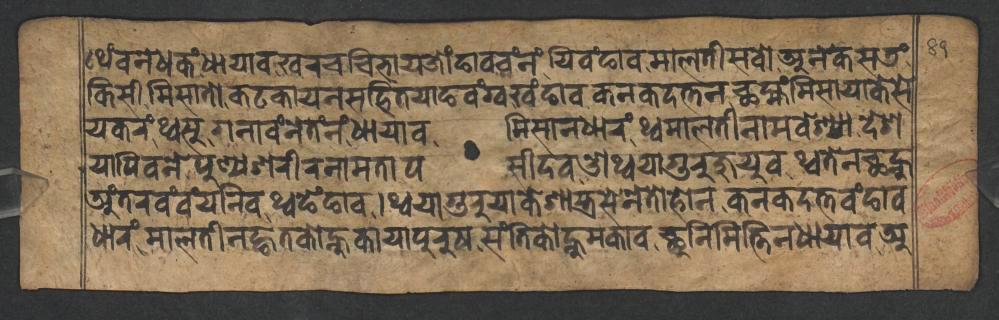
𑐠𑐾𑑄𑐰𑐣𑐾𑐢𑐎𑑄𑐢𑐵𑐫𑐵𑐰𑐏𑐬𑐔𑐔𑐶𑐨𑐵𑐫𑐖𑑀𑑄𑐒𑐵𑐰𑐰𑑄𑐣𑑄𑐫𑐶𑐰𑑄𑐒𑐵𑐰𑐩𑐵𑐮𑐟𑐷𑐳𑐰𑑀𑐀𑐣𑐾𑐎𑐳𑐜𑑄 𑐎𑐶𑐳𑐷𑐩𑐶𑐳𑐵𑐟𑑀𑐎𑐚𑐎𑐵𑐫𑐣𑐳𑐴𑐶𑐟𑐫𑐵𑐒𑐰𑑄𑐐𑑂𑐰𑐏𑑄𑐒𑐵𑐰𑐎𑐣𑐎𑐡𑐟𑑂𑐟𑐣𑐕𑐩𑑂𑐴𑑄𑐩𑐶𑐳𑐵𑐫𑐵𑐎𑐾𑐳𑐾 𑐫𑐎𑐬𑑄𑐠𑑂𑐰𑐳𑐸𑐐𑐣𑐵𑐰𑑄𑐣𑐾𑐟𑑄𑐣𑑄𑐢𑐵𑐫𑐵𑐰𑐩𑐶𑐳𑐵𑐣𑐢𑐵𑐬𑑄𑐠𑑂𑐰𑐩𑐵𑐮𑐟𑐷𑐣𑐵𑐩𑐰𑐾𑐱𑑂𑐫𑐵𑐡𑐾𑐱 𑐫𑐵𑐥𑐶𑐰𑐣𑐾𑐥𑐸𑐞𑑂𑐫𑐱𑐬𑐷𑐬𑐣𑐵𑐩𑐟𑐵𑐥𑐳𑐷𑐡𑐰𑐌𑐠𑑂𑐰𑐫𑐵𑐐𑐸𑐬𑐸𑐖𑐸𑐫𑐸𑐰𑐠𑑂𑐰𑐟𑐾𑐣𑐕𑐣𑑂𑐴𑐸 𑐀𑑄𑐟𑐬𑐰𑑄𑐰𑑄𑐫𑐣𑐶𑐰𑐠𑑂𑐰𑐒𑐾𑑄𑐒𑐵𑐰𑑋𑐠𑑂𑐰𑐫𑐵𑐐𑐸𑐬𑐸𑐫𑐵𑐎𑐾𑐱𑐵𑐳𑑂𑐟𑑂𑐬𑐳𑐾𑐣𑐾𑐟𑑀𑐴𑑀𑐣𑐎𑐣𑐎𑐡𑐟𑑂𑐟𑐰𑑄𑐒𑐵𑐰 𑐢𑐵𑐬𑑄𑐩𑐵𑐮𑐟𑐷𑐣𑐒𑑂𑐴𑐟𑐎𑑀𑐣𑑂𑐴𑐸𑐎𑐵𑐫𑐵𑐥𑐸𑐬𑐸𑐲𑐳𑑄𑐟𑐶𑐎𑑀𑐣𑑂𑐴𑐸𑐩𑐎𑐵𑐰𑐕𑐸𑐣𑐶𑐩𑐶𑐟𑑂𑐟𑐶𑐣𑐢𑐵𑐫𑐵𑐰𑐀